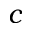
c